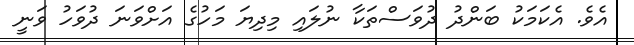
އެވެ. އެކަމަކު ބަންދު ދުވަސްތަކާ ނުލައި މިދިޔަ މަހުގެ އަށްވަނަ ދުވަހު ވަނީ